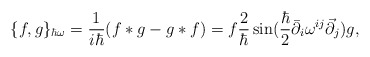
\begin{align*}\{ f, g\}_{\hbar\omega} = \frac{1}{i\hbar}(f*g-g*f) = f\frac{2}{\hbar} \sin (\frac{\hbar}{2}\bar\partial_{i}\omega^{ij}\vec\partial_{j})g,\end{align*}